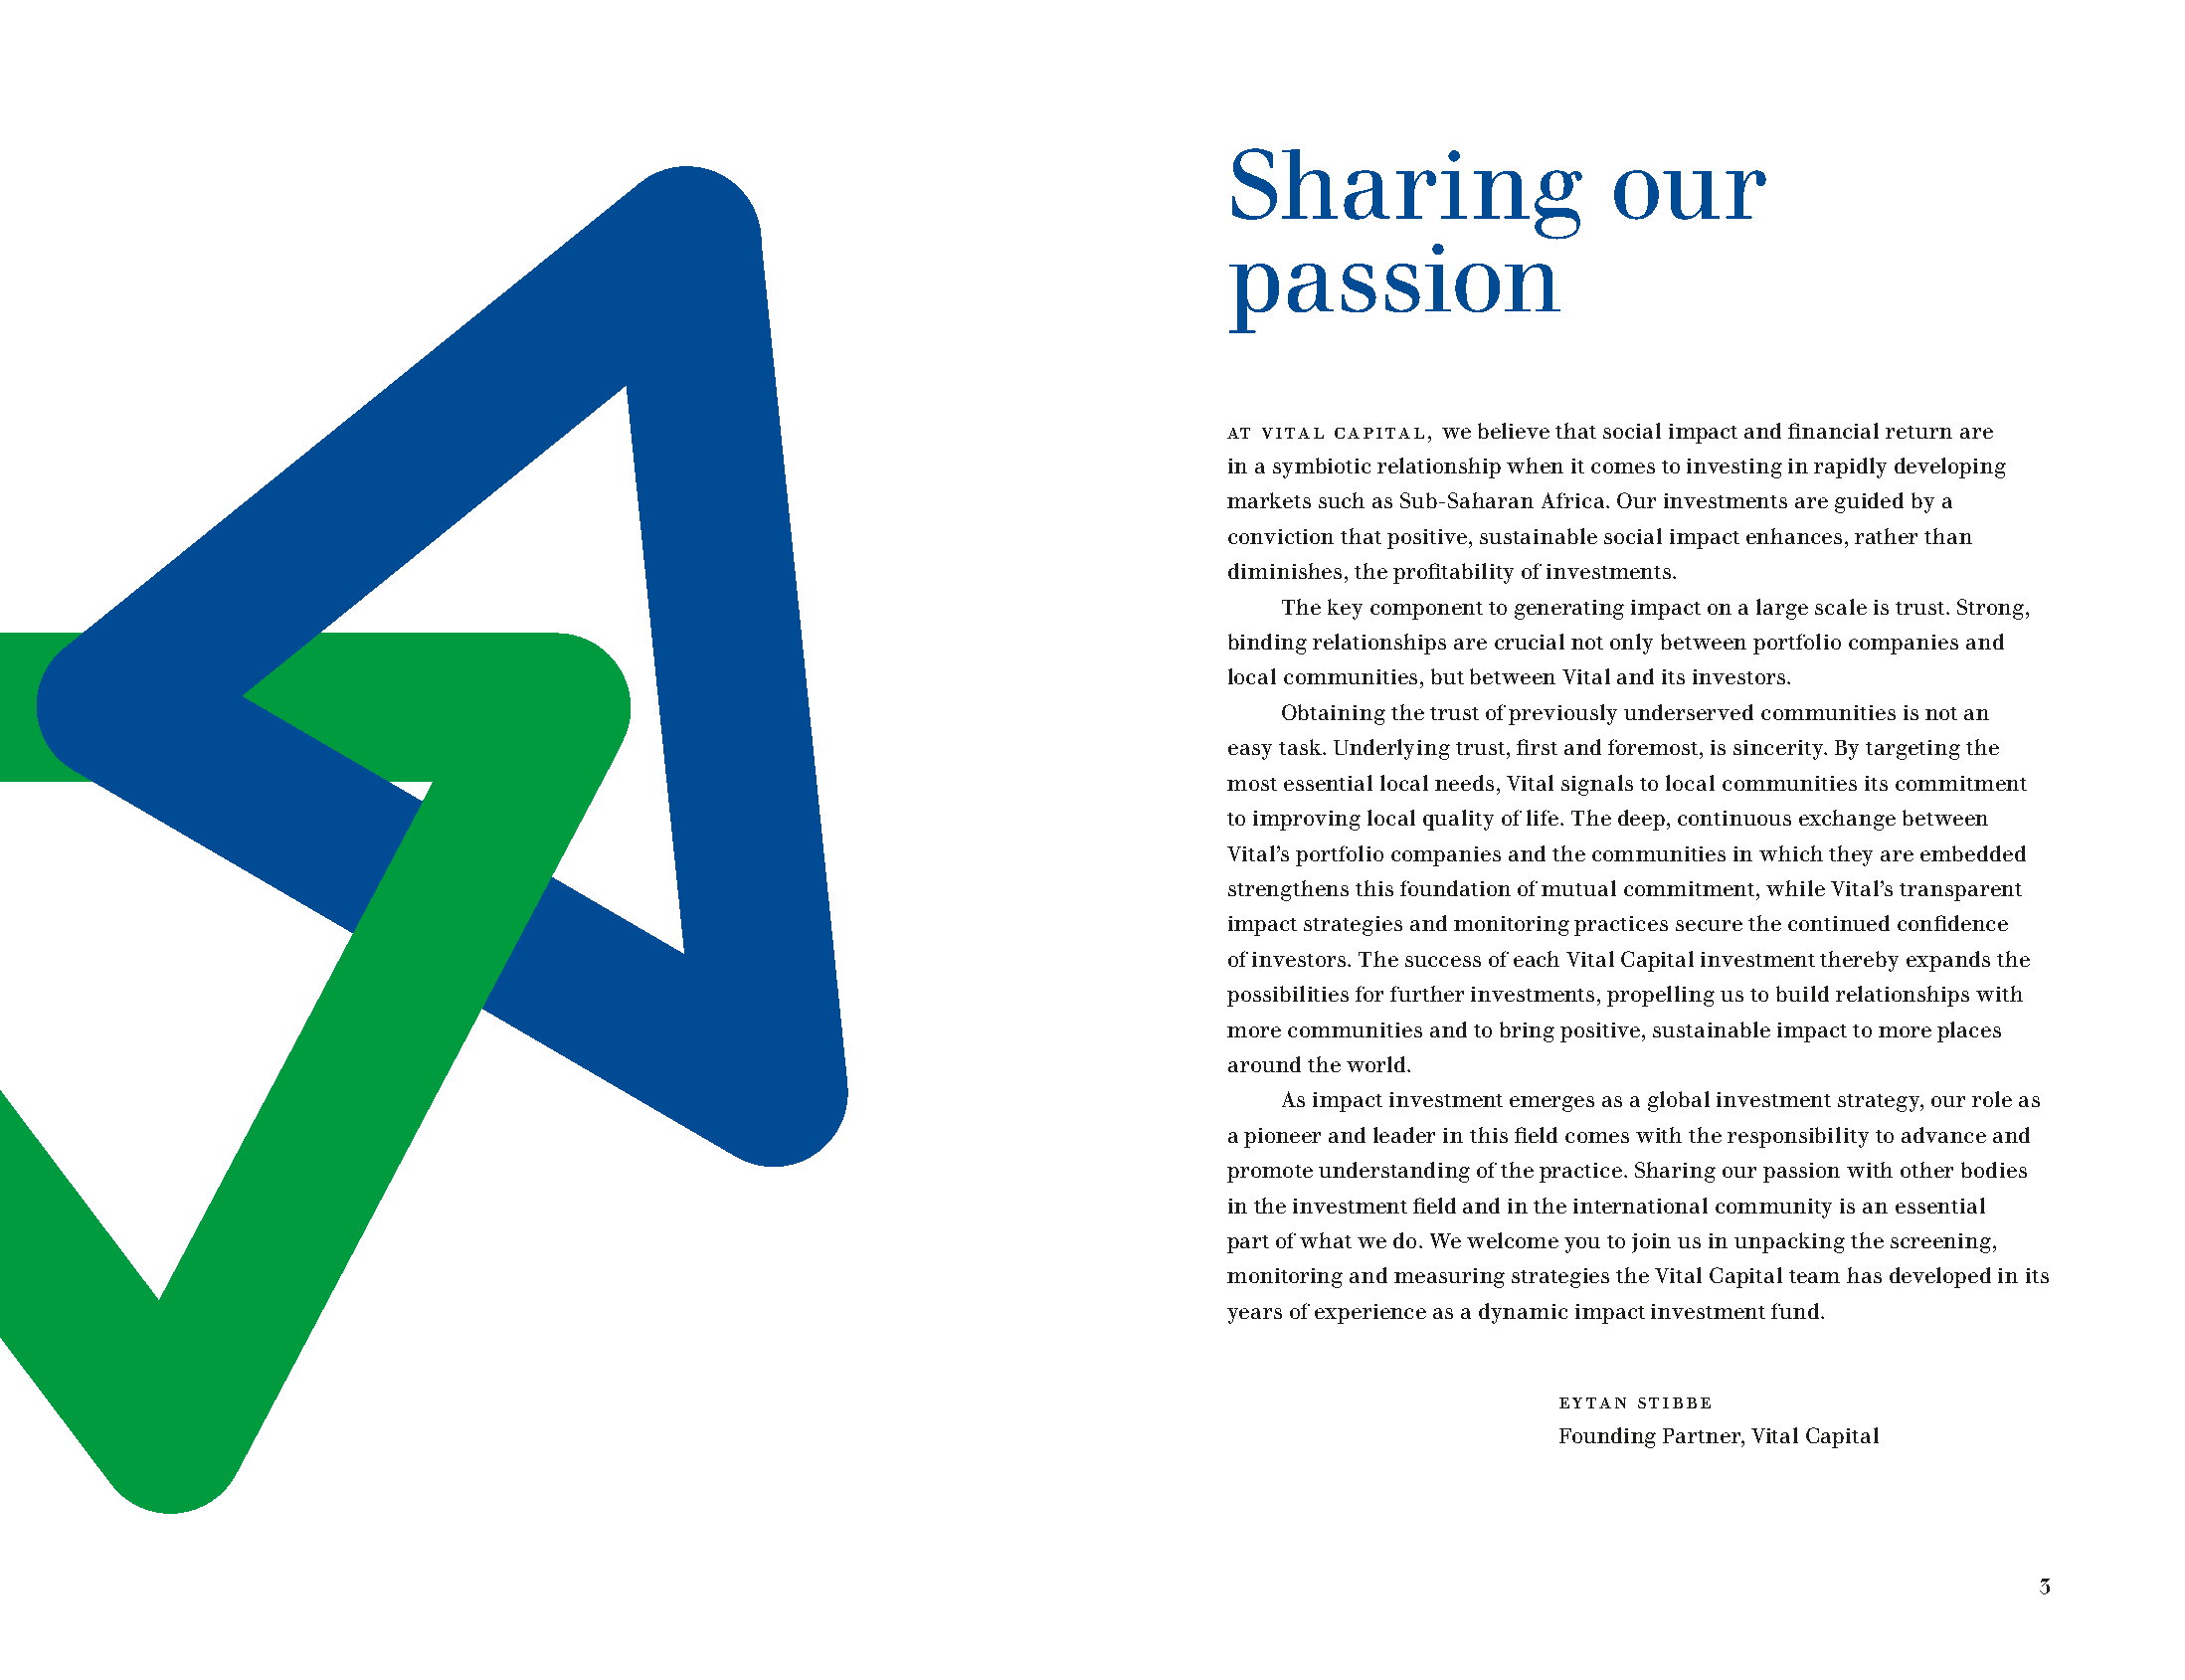
Sharing                  our
 passion
 At Vital Capital, we believe that social impact and financial return are
 in a symbiotic relationship when it comes to investing in rapidly developing
 markets such as Sub-Saharan Africa. Our investments are guided by a
 conviction that positive, sustainable social impact enhances, rather than
 diminishes, the profitability of investments.
 The key component to generating impact on a large scale is trust. Strong,
 binding relationships are crucial not only between portfolio companies and
 local communities, but between Vital and its investors.
 Obtaining the trust of previously underserved communities is not an
 easy task. Underlying trust, first and foremost, is sincerity. By targeting the
 most essential local needs, Vital signals to local communities its commitment
 to improving local quality of life. The deep, continuous exchange between
 Vital’s portfolio companies and the communities in which they are embedded
 strengthens this foundation of mutual commitment, while Vital’s transparent
 impact strategies and monitoring practices secure the continued confidence
 of investors. The success of each Vital Capital investment thereby expands the
 possibilities for further investments, propelling us to build relationships with
 more communities and to bring positive, sustainable impact to more places
 around the world.
 As impact investment emerges as a global investment strategy, our role as
 a pioneer and leader in this field comes with the responsibility to advance and
 promote understanding of the practice. Sharing our passion with other bodies
 in the investment field and in the international community is an essential
 part of what we do. We welcome you to join us in unpacking the screening,
 monitoring and measuring strategies the Vital Capital team has developed in its
 years of experience as a dynamic impact investment fund.
 eytan stibbe
 Founding Partner, Vital Capital
 3